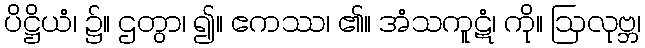
ပိဋ္ဌိယံ၊ ၌။ ဌတွာ၊ ၍။ ဧကဿ၊ ၏။ အံသကူဋံ၊ ကို။ ဩလုဗ္ဘ၊